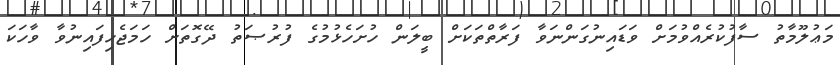
މަޢުލޫމާތު ސާފުކުރެއްވުމަށް ވަޑައިނުގަންނަވާ ފަރާތްތަކަށް ބީލަން ހުށަހެޅުމުގެ ފުރުޞަތު ދޭގޮތަށް ހަމަޖެހިފައިނުވާ ވާހަކަ